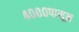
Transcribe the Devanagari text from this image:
४०००पासून